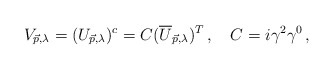
\begin{align*}V_{\vec{p},\lambda}=(U_{\vec{p},\lambda})^{c}=C(\overline{U}_{\vec{p},\lambda})^T \,, \quad C=i\gamma^2\gamma^0\,,\end{align*}